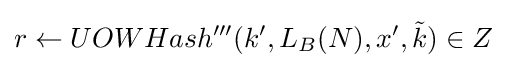
r\leftarrow UOWHash^{\prime \prime \prime }(k',L_{B}(N),x',{\tilde {k}})\in Z